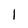
Character: 1